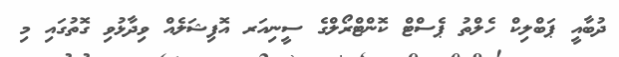
ދުބާއީ ޕަބްލިކް ހެލްތު ޕެސްޓް ކޮންޓްރޯލްގެ ސީނިއަރ އޮފިޝަލެއް ވިދާޅުވި ގޮތުގައި މި